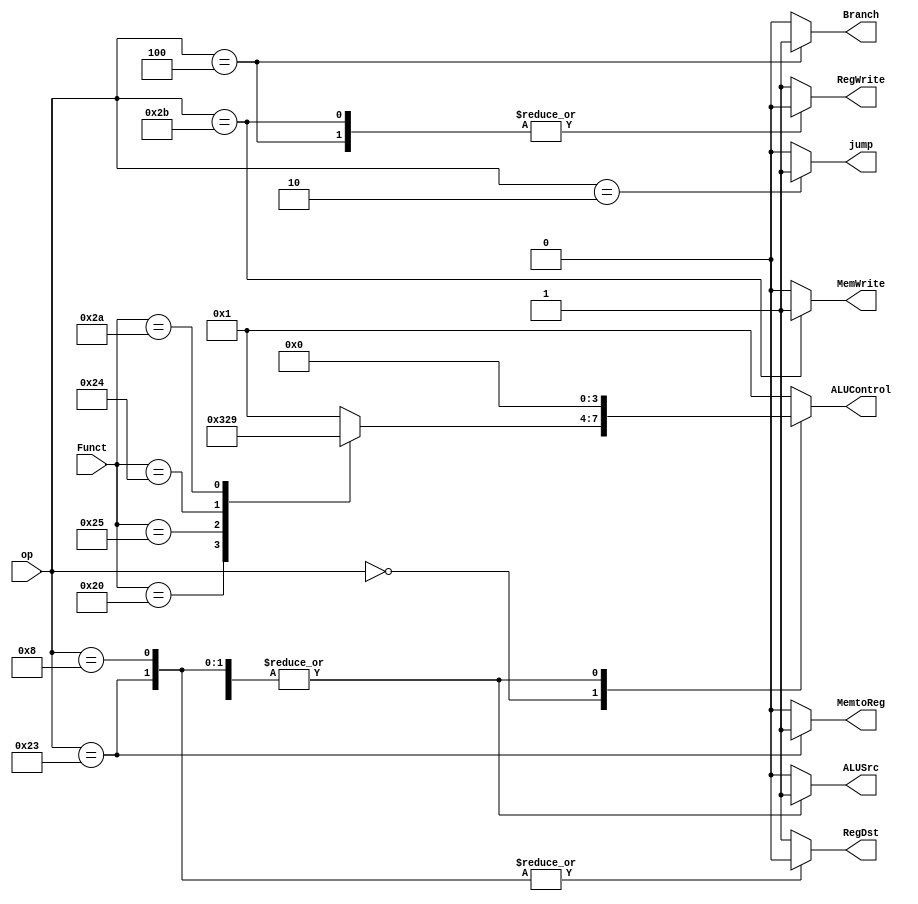

`timescale 1ns/1ns

module ControlUnit(RegWrite, RegDst, ALUSrc, ALUControl, Branch, MemWrite, MemtoReg, op, Funct,jump);

output reg RegWrite, RegDst, ALUSrc, Branch, MemWrite, MemtoReg,jump;
output reg[3:0] ALUControl;
input [5:0] Funct, op;


always @(*) begin 
		/* defaults */
		ALUControl	<= 4'b0001;
		ALUSrc		<= 1'b0;
		Branch	    <= 1'b0;
		MemWrite	<= 1'b0;
		MemtoReg	<= 1'b0;
		RegDst		<= 1'b1;
		RegWrite	<= 1'b1;
        jump        <= 1'b0;
		case (op)
		    6'b000000: begin
		    
		    	
	        	ALUSrc		<= 1'b0;
	        	Branch	    <= 1'b0;
	        	MemWrite	<= 1'b0;
	        	MemtoReg	<= 1'b0;
	        	RegDst		<= 1'b1;
	        	RegWrite	<= 1'b1;
	        	
		    case(Funct)
		   
		    6'b100000: //add
		    ALUControl	<= 4'b0000;
            6'b100101: //or
            ALUControl	<= 4'b0011;
            6'b100100://and
            ALUControl	<= 4'b0010;
            6'b100010: //sub
            ALUControl	<= 4'b0001;
            6'b101010://Slt
            ALUControl	<= 4'b1001;
		    endcase
		    
		    
		    end 
			6'b100011: begin	/* lw */
				MemWrite    <= 1'b0;
				RegDst      <= 1'b0;
				MemtoReg    <= 1'b1;
				ALUControl  <= 4'b0;
				ALUSrc      <= 1'b1;
			end
			
			6'b101011: begin	/* sw */
				MemWrite     <= 1'b1;
				ALUControl   <= 4'b0;
				ALUSrc       <= 1'b1;
				RegWrite     <= 1'b0;
			end
			
			
			6'b001000: begin	/* addi */
				RegDst       <= 1'b0;
				ALUControl   <= 4'b0;
				ALUSrc       <= 1'b1;
			end
			
			6'b000100: begin	/* beq */
			    Branch    <= 1'b1;
				RegWrite  <= 1'b0;
			end
			
		
		    6'b000010: begin	/* J */
                jump      <= 1'b1;
			end
		
		
		endcase
	end


endmodule